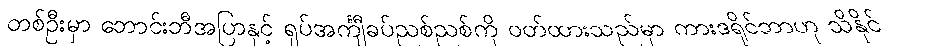
တစ်ဦးမှာ ဘောင်းဘီအပြာနှင့် ရှပ်အင်္ကျီခပ်ညစ်ညစ်ကို ဝတ်ထားသည်မှာ ကားဒရိုင်ဘာဟု သိနိုင်